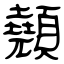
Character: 顤